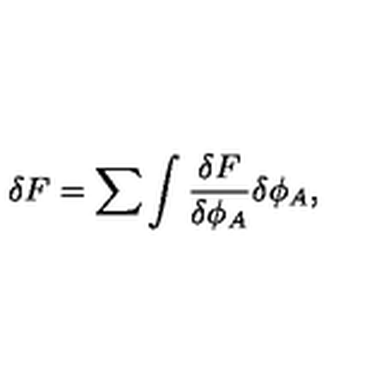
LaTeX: \delta F = \sum \int { \frac { \delta F } { \delta \phi _ { A } } } \delta \phi _ { A } ,